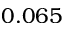
0 . 0 6 5